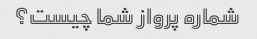
شماره پرواز شما چیست؟